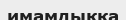
имамдыққа